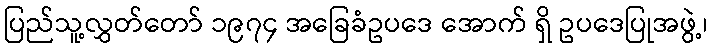
ပြည်သူ့လွှတ်တော် ၁၉၇၄ အခြေခံဥပဒေ အောက် ရှိ ဥပဒေပြုအဖွဲ့၊